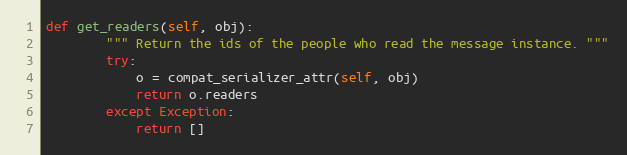
Language: Python
def get_readers(self, obj):
        """ Return the ids of the people who read the message instance. """
        try:
            o = compat_serializer_attr(self, obj)
            return o.readers
        except Exception:
            return []